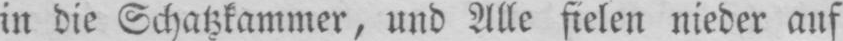
in die Schatzkammer, und Alle fielen nieder auf